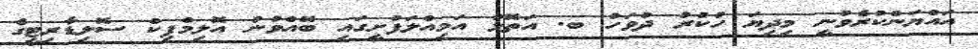
އައްޔަންކުރެވުނީ މިދިޔަ ހުކުރު ދުވަހު ބ. އަތޮޅު އަމިއްލަފުށީގައި ބޭއްވުނު އޮލިމްޕިކް ސޮލިޑާރިޓީގެ